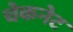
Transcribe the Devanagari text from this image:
चेकनेट